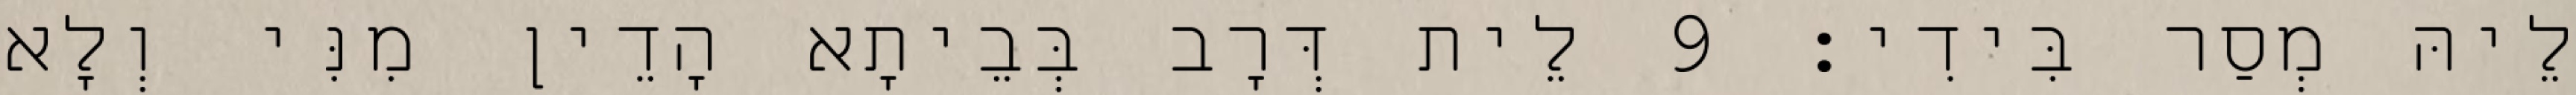
לֵיהּ מְסַר בִּידִי׃ 9 לֵית דְּרָב בְּבֵיתָא הָדֵין מִנִּי וְלָא